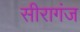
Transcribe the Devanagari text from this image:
सीरागंज